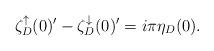
LaTeX: \begin{align*}\zeta_D ^{\uparrow}(0) '-\zeta_D ^{\downarrow}(0)'=i\pi\eta_D(0).\end{align*}